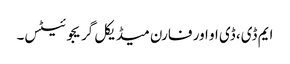
ایم ڈی، ڈی او اور فارن میڈیکل گریجوئیٹس۔